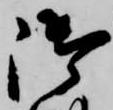
御